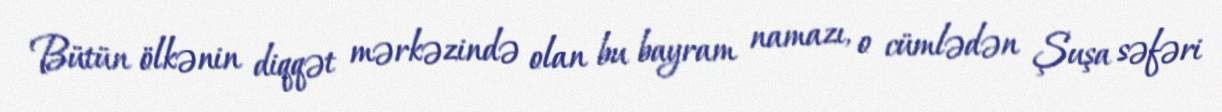
Bütün ölkənin diqqət mərkəzində olan bu bayram namazı, o cümlədən Şuşa səfəri